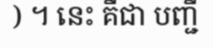
) ។ នេះ គឺជា បញ្ជី